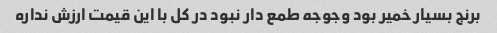
برنج بسیار خمیر بود وجوجه طمع دار نبود در کل با این قیمت ارزش نداره